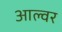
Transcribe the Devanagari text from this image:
आल्वर